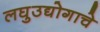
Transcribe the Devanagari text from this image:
लघुउद्योगाचे